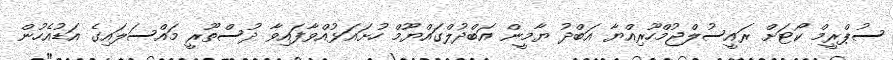
ސުޕްރީމް ކޯޓަށް ރައީސުލްޖުމްހޫރިއްޔާ އަބްދު ޔާމީން އަބްދުލްގައްޔޫމް ހުށައަޅުއްވާފައިވާ ދުސްތޫރީ މައްސަލައިގެ އަޑުއެހުން